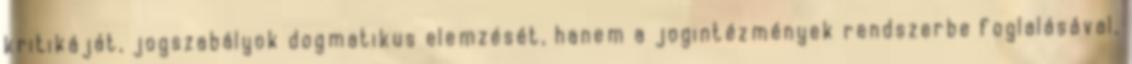
kritikáját, jogszabályok dogmatikus elemzését, hanem a jogintézmények rendszerbe foglalásával,